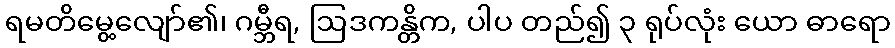
ရမတိမွေ့လျော်၏၊ ဂမ္ဘီရ, ဩဒကန္တိက, ပါပ တည်၍ ၃ ရုပ်လုံး ယော ဓာရော